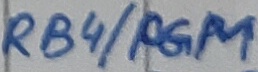
Text: RB4/PGM